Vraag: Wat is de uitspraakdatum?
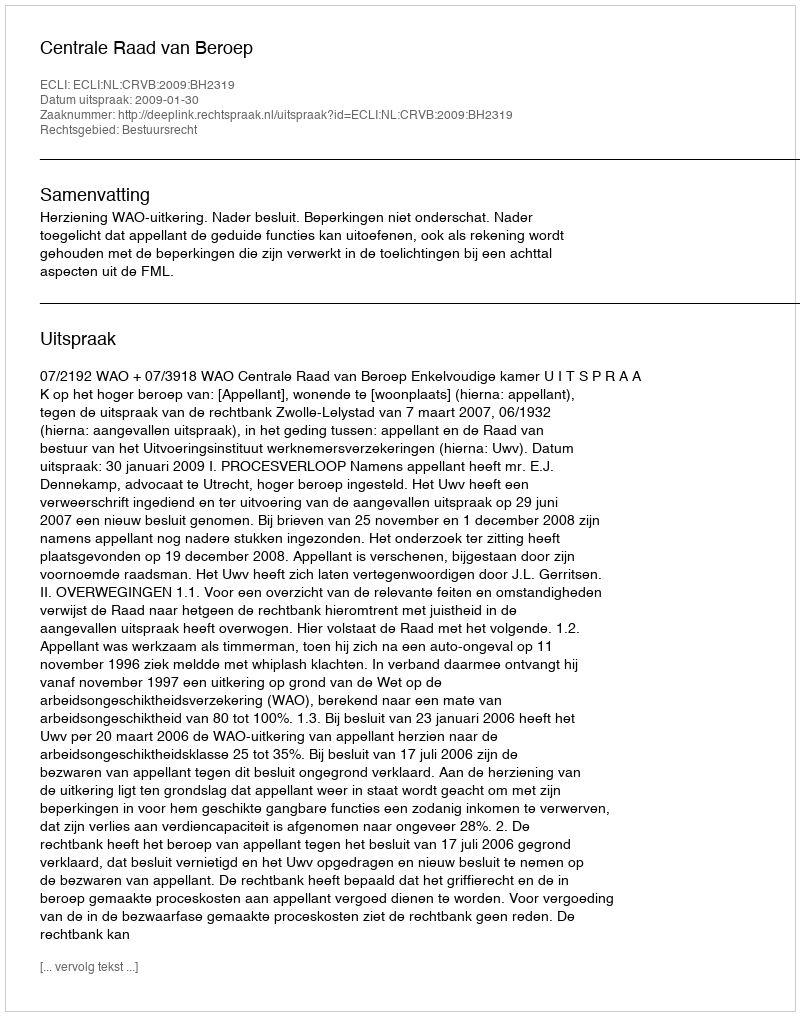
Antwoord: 2009-01-30